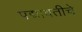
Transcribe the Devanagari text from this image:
पद्मावतीचे